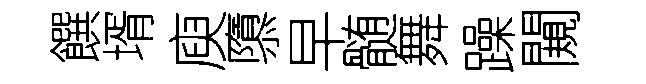
饌壻庾隳早髄舞躁闚